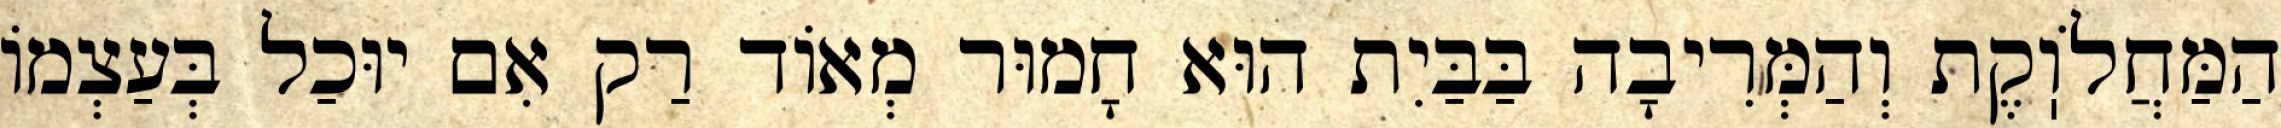
הַמַּחֲלֹוֽקֶת וְהַמְּרִיבָה בַּבַּיִת הוּא חָמוּר מְאוֹד רַק אִם יוּכַל בְּעַצְמוֹ